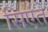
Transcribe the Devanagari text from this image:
सिएंते